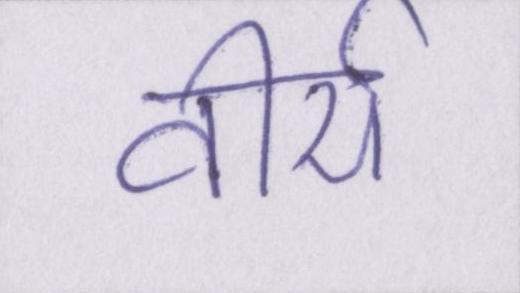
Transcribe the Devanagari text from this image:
वीर्य